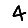
Digit: 4